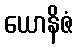
ယောနိဇံ